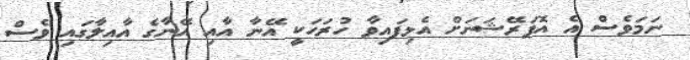
ނަމަވެސް އެ އޮޕަރޭޝަނަށް އެޅިފައިވާ ހުރަހަކީ އޭނާ އާއި އޭނާގެ އާއިލާގައި ވެސް